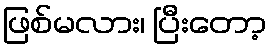
ဖြစ်မလား၊ ပြီးတော့